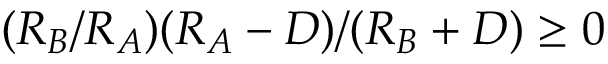
( R _ { B } / R _ { A } ) ( R _ { A } - D ) / ( R _ { B } + D ) \ge 0